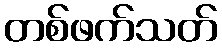
တစ်ဖက်သတ်